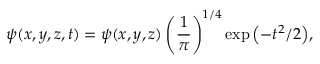
\psi ( x , y , z , t ) = \psi ( x , y , z ) \left( { \frac { 1 } { \pi } } \right) ^ { 1 / 4 } \exp { \left( - t ^ { 2 } / 2 \right) } ,